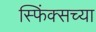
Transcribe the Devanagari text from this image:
स्फिंक्सच्या